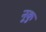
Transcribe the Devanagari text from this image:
नुकु